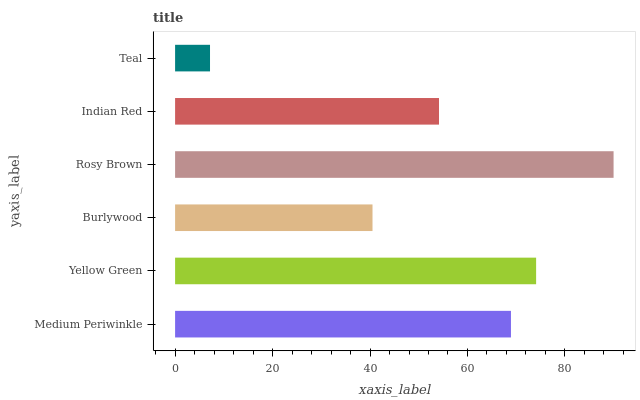
| yaxis_label | bars |
 | --- | --- |
 | Medium Periwinkle | 68.9 |
 | Yellow Green | 74.1 |
 | Burlywood | 40.5 |
 | Rosy Brown | 90 |
 | Indian Red | 54.2 |
 | Teal | 7.17 |